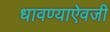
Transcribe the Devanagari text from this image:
धावण्याऐवजी